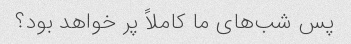
پس شب‌های ما کاملاً پر خواهد بود؟